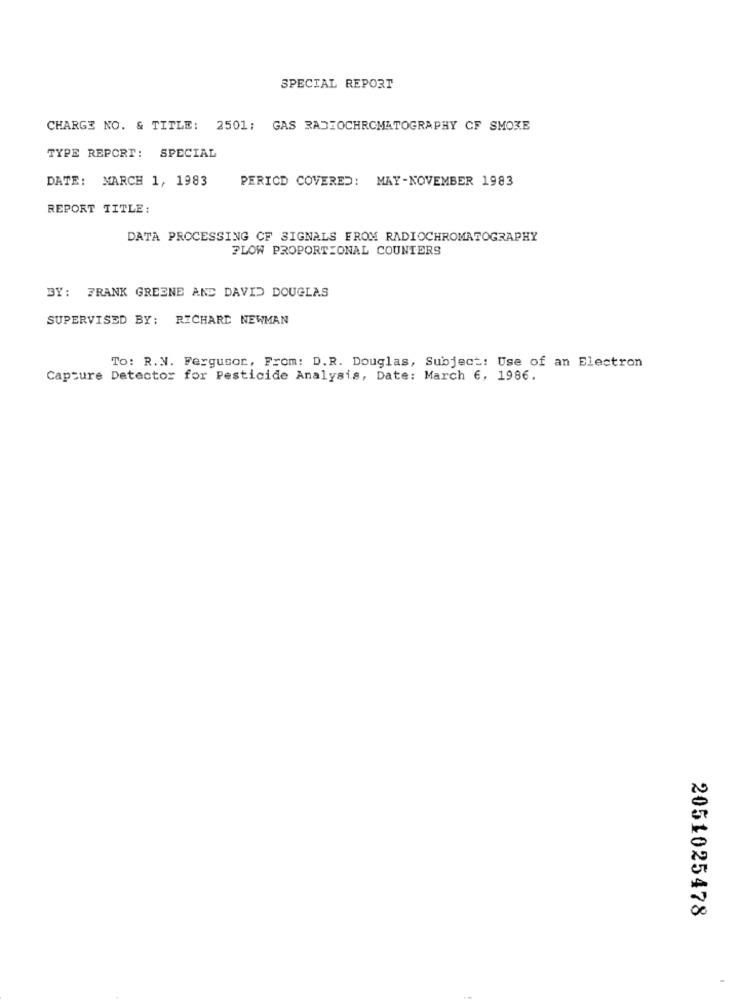
SPECIAL REPORT
CHARGE NO. & TITLE: 2501; GAS RADIOCHROMATOGRAPHY CF SMOKE
TYPE REPORT: SPECIAL
DATE: MARCH 1, 1983
PERICD COVERED: MAY-NOVEMBER 1983
REPORT TITLE:
DATA PROCESSING CF SIGNALS FROM RADIOCHROMATOGRAPHY
PLOW PROPORTIONAL COUNTERS
BY: FRANK GREENE AND DAVID DOUGLAS
SUPERVISED BY: RICHARD NEWMAN
TO: R.N. Ferguson, From: D.R. Douglas, Subject: Use of an Electron
Capture Detector for Pesticide Analysis, Date: March 6, 1986.
2051025478